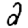
Digit: 2